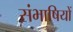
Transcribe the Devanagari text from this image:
संभाषियों